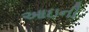
આઇની